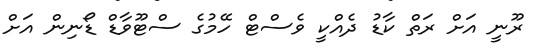
ރޫނީ އަށް ރަތް ކާޑު ދެއްކީ ވެސްޓް ހޭމުގެ ސްޓޫވާޑް ޑޯނިން އަށް